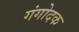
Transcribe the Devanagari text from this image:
गंगोदक